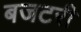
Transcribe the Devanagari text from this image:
बजटरी